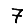
Digit: 7